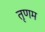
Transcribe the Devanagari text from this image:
तृणम